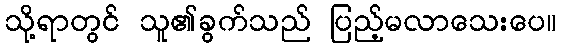
သို့ရာတွင် သူ၏ခွက်သည် ပြည့်မလာသေးပေ။